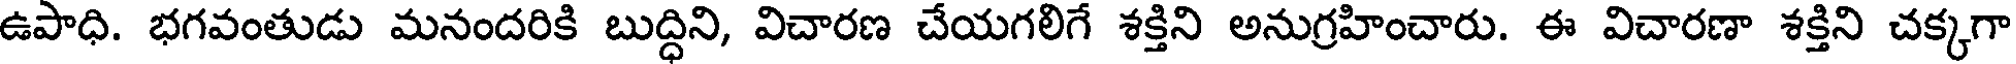
ఉపాధి. భగవంతుడు మనందరికి బుద్ధిని, విచారణ చేయగలిగే శక్తిని అనుగ్రహించారు. ఈ విచారణా శక్తిని చక్కగా